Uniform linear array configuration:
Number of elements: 4
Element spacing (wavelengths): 0.25
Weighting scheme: uniform
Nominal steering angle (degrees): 45
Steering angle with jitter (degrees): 43.182
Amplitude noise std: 0.05
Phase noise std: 0.05

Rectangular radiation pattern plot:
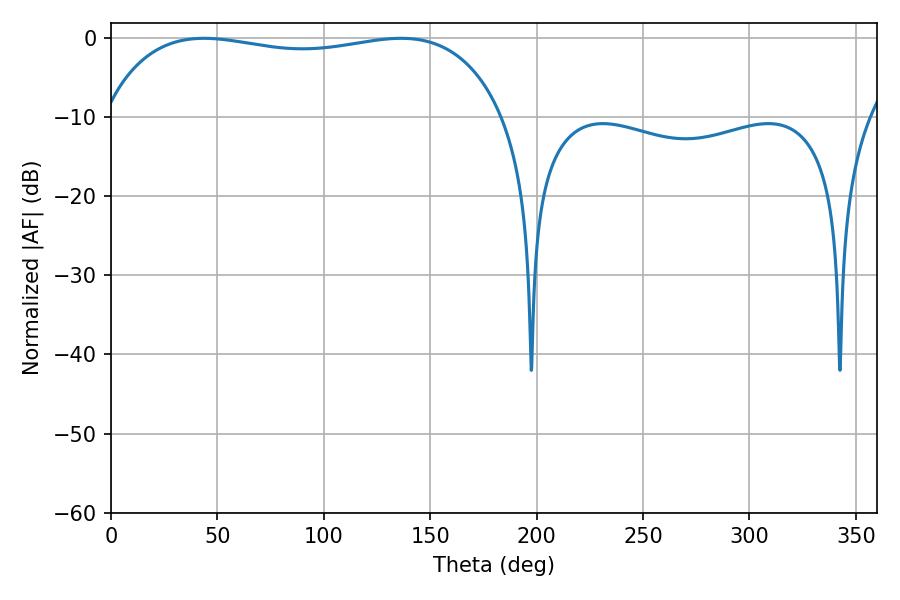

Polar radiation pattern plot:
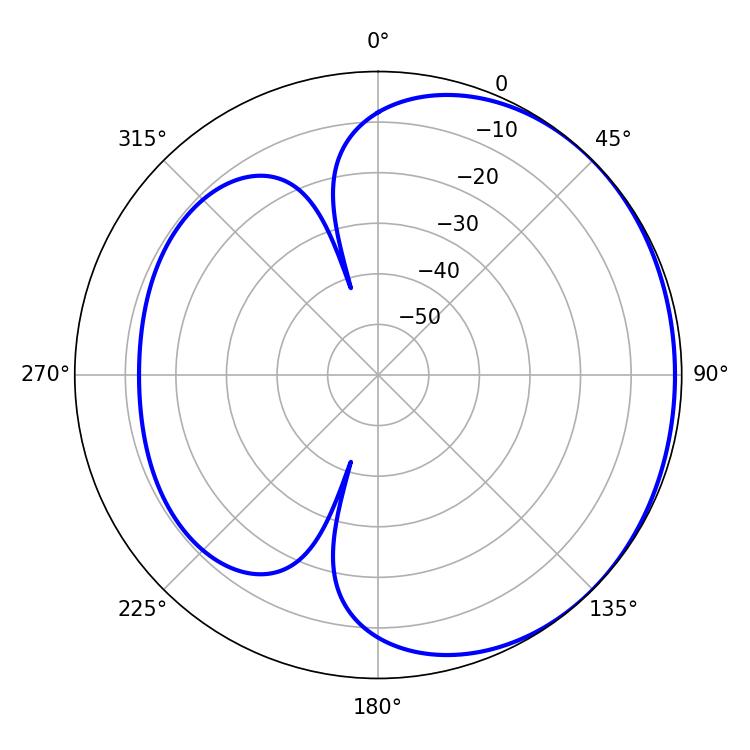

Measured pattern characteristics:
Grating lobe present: FALSE
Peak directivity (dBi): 1.081
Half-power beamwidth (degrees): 152.28
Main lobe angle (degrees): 43.74